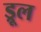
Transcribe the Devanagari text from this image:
ड्रूल